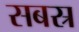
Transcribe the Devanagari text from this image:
सबस्र